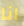
انا